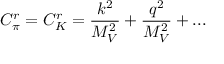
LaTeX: C _ { \pi } ^ { r } = C _ { K } ^ { r } = { \frac { k ^ { 2 } } { M _ { V } ^ { 2 } } } + { \frac { q ^ { 2 } } { M _ { V } ^ { 2 } } } + . . .